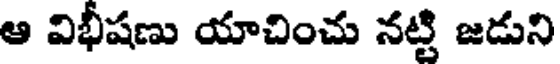
ఆ విభీషణు యాచించు నట్టి జడుని